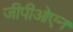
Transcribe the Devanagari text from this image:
जीपीओएन